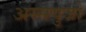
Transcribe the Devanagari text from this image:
अस्सयुजो